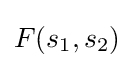
F(s_{1},s_{2})